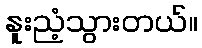
နူးညံ့သွားတယ်။